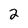
Character: 2